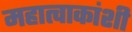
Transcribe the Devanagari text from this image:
महात्वाकांशी